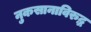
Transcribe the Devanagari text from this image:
नुकसानाविरुद्ध